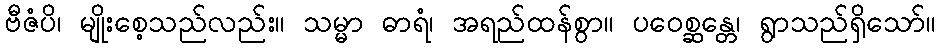
ဗီဇံပိ၊ မျိုးစေ့သည်လည်း။ သမ္မာ ဓာရံ၊ အရည်ထန်စွာ။ ပဝေစ္ဆန္တေ၊ ရွာသည်ရှိသော်။